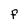
Character: f